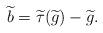
LaTeX: \begin{align*}\widetilde{b}= \widetilde{\tau}(\widetilde{g})-\widetilde{g}.\end{align*}